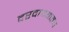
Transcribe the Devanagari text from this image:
दरवाज्यातच